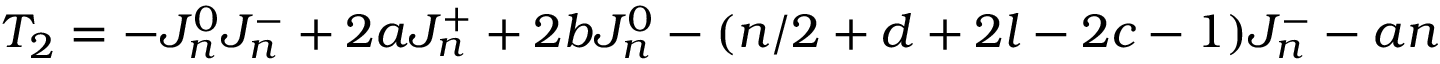
T _ { 2 } = - J _ { n } ^ { 0 } J _ { n } ^ { - } + 2 a J _ { n } ^ { + } + 2 b J _ { n } ^ { 0 } - ( n / 2 + d + 2 l - 2 c - 1 ) J _ { n } ^ { - } - a n